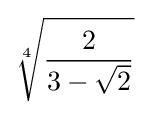
{\sqrt[{4}]{\frac {2}{3-{\sqrt {2}}}}}